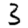
Digit: 3